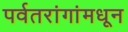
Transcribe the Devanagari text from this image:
पर्वतरांगांमधून